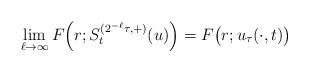
LaTeX: \begin{align*}\lim_{\ell\to \infty} F\Big(r;S_{t}^{(2^{-\ell}\tau,+)}(u)\Big)=F\big(r;u_{\tau}(\cdot,t)\big) \end{align*}